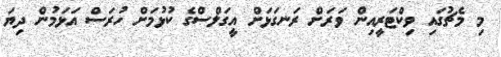
މި މެޗުގައި ވިކްޓަރީއިން ވަރަށް ރަނގަޅަށް އީގަލްސްގެ ކުޅުމަށް ހުރަސް އަޅަމުން ދިޔަ